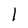
Character: l